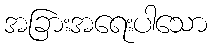
အခြားအရေးပါသော